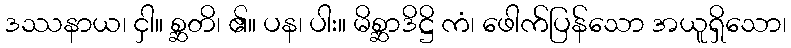
ဒဿနာယ၊ ငှါ။ စ္ဆတိ၊ ၏။ ပန၊ ပါး။ မိစ္ဆာဒိဋ္ဌိ ကံ၊ ဖေါက်ပြန်သော အယူရှိသော၊